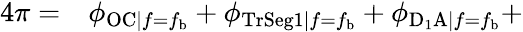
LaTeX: \begin{array}{rl}{4\pi=}&{{}\phi_{\mathrm{OC}|f=f_{\mathrm{b}}}+\phi_{\mathrm{TrSeg1}|f=f_{\mathrm{b}}}+\phi_{\mathrm{D_{1}A}|f=f_{\mathrm{b}}}+}\end{array}